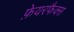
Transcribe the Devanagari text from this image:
फ़ेयरफैक्स